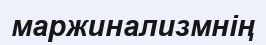
маржинализмнің